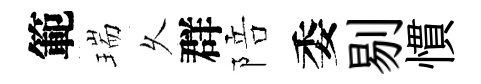
範瑞乆群陪委剔慣